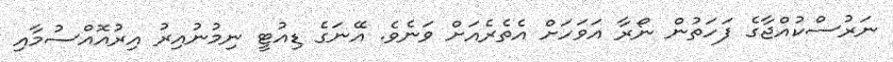
ނަރުސްކުއްޖާގެ ފަހަތުން ނޯރާ އަވަހަށް އެތެރެއަށް ވަނެވެ. އޭނަގެ ޑިއުޓީ ނިމުނުއިރު އިރުއޮއްސުމާއި